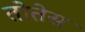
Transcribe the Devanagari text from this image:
तोतेस